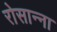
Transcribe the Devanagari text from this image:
रोसान्ना